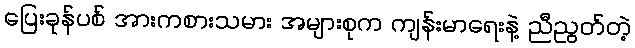
ပြေးခုန်ပစ် အားကစားသမား အများစုက ကျန်းမာရေးနဲ့ ညီညွတ်တဲ့